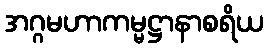
အဂ္ဂမဟာကမ္မဋ္ဌာနာစရိယ